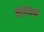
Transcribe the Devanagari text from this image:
मालवर्न